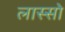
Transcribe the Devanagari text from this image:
लास्सो